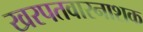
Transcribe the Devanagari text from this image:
खरपतवारनाशक